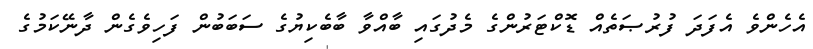
އެހެންވެ އެފަދަ ފުރުޞަތެއް ޑޮކްޓަރުންގެ މެދުގައި ބާއްވާ ބާބެކިޔުގެ ސަބަބުން ފަހިވެގެން ދާނޭކަމުގެ